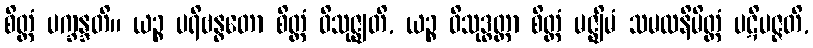
စိတ္တံ ပက္ခန္ဒတိ။ ယဉ္စ ပရိဗန္ဓတော စိတ္တံ ဝိသုဇ္ဈတိ, ယဉ္စ ဝိသုဒ္ဓတ္တာ စိတ္တံ မဇ္ဈိမံ သမထနိမိတ္တံ ပဋိပဇ္ဇတိ,